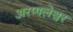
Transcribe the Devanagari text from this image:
अरप्पलेश्वर